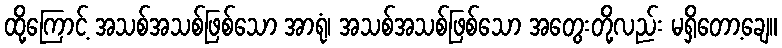
ထို့ကြောင့် အသစ်အသစ်ဖြစ်သော အာရုံ၊ အသစ်အသစ်ဖြစ်သော အတွေးတို့လည်း မရှိတော့ချေ။